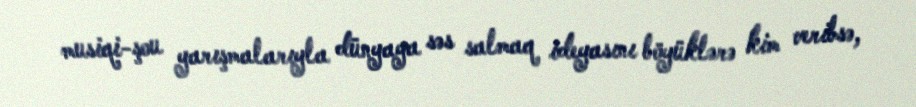
musiqi-şou yarışmalarıyla dünyaya səs salmaq ideyasını böyüklərə kim veribsə,